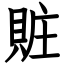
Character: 賍